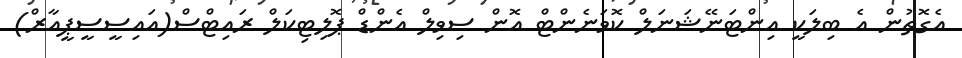
އެގޮތުން އެ ބިލަކީ އިންޓަނޭޝަނަލް ކޮވަނެންޓް އޮން ސިވިލް އެންޑް ޕޮލިޓިކަލް ރައިޓްސް(އައިސީސީޕީއާރް)